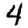
Digit: 4